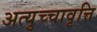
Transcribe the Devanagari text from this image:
अत्युच्चावृत्ति